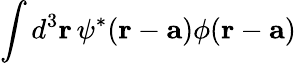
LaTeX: \int d^{3}\mathbf{r}\, \psi^{*}(\mathbf{r}-\mathbf{a})\phi(\mathbf{r}-\mathbf{a})